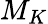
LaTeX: M_{K}